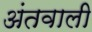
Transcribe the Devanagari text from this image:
अंतवाली